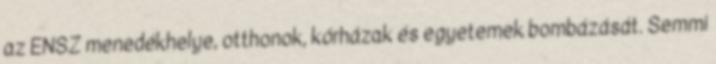
az ENSZ menedékhelye, otthonok, kórházak és egyetemek bombázását. Semmi